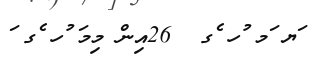
ަޔ ަމ ުހ ެގ  26އިން މިމަ ުހ ެގ ަ